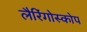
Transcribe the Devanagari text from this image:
लैरिंगोस्कोप